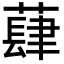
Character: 蕼